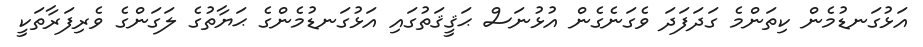
އަޅުގަނޑުމެން ކިތަންމެ ގަދަފަދަ ވެގަނެގެން އުޅުނަސް ޙަޤީޤަތުގައި އަޅުގަނޑުމެންގެ ޙަޔާތުގެ ލަގަންގެ ވެރިފަރާތަކީ